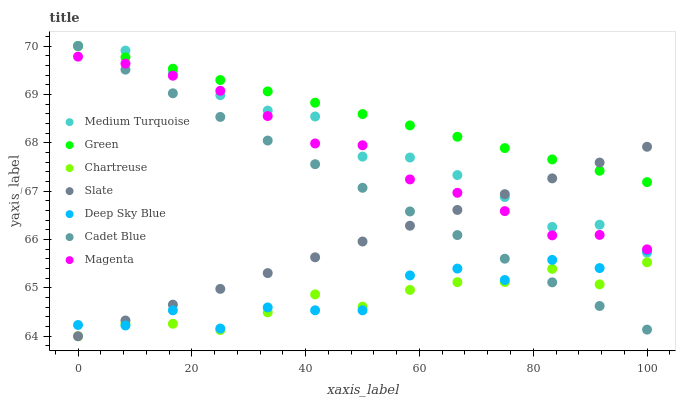
| xaxis_label | Medium Turquoise | Green | Chartreuse | Slate | Deep Sky Blue | Cadet Blue | Magenta |
 | --- | --- | --- | --- | --- | --- | --- | --- |
 | 0 | 70 | 70 | 64 | 64 | 64.2 | 70 | 69.8 |
 | 8.33 | 69.9 | 69.8 | 64.3 | 64.3 | 64.2 | 69.5 | 69.6 |
 | 16.7 | 69.4 | 69.5 | 64.3 | 64.7 | 64.5 | 69 | 69.4 |
 | 25 | 69 | 69.3 | 64.1 | 65 | 64.2 | 68.5 | 69.1 |
 | 33.3 | 68.7 | 69.1 | 64.5 | 65.3 | 64.6 | 68 | 68.6 |
 | 41.7 | 68.5 | 68.8 | 64.9 | 65.6 | 64.5 | 67.6 | 68 |
 | 50 | 67.7 | 68.6 | 64.6 | 66 | 64.5 | 67.1 | 67.9 |
 | 58.3 | 67.7 | 68.4 | 65 | 66.3 | 65.3 | 66.6 | 67.2 |
 | 66.7 | 67.3 | 68.1 | 65.1 | 66.6 | 65.4 | 66.1 | 67 |
 | 75 | 66.9 | 67.9 | 65.1 | 66.9 | 65.2 | 65.6 | 66.6 |
 | 83.3 | 66.3 | 67.7 | 65.4 | 67.3 | 65.6 | 65.1 | 66.1 |
 | 91.7 | 66.3 | 67.4 | 65.1 | 67.6 | 65.4 | 64.6 | 66.1 |
 | 100 | 65.7 | 67.2 | 65.5 | 67.9 | 65.8 | 64.1 | 65.8 |